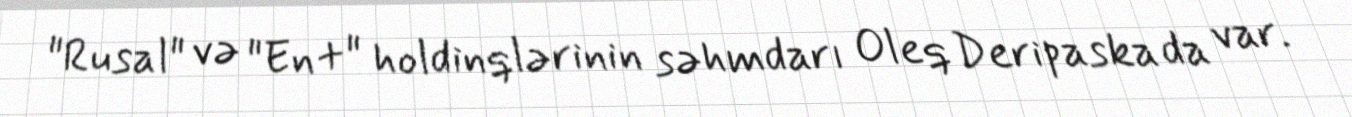
"Rusal" və "En+" holdinqlərinin səhmdarı Oleq Deripaska da var.